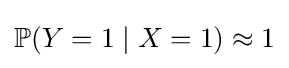
\mathbb {P} (Y=1\mid X=1)\approx 1